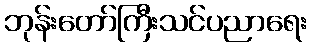
ဘုန်းတော်ကြီးသင်ပညာရေး